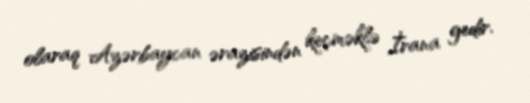
olaraq Azərbaycan ərazisindən keçməklə İrana gedir.